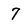
Character: 7